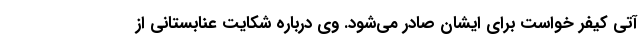
آتی کیفر خواست برای ایشان صادر می‌شود. وی درباره شکایت عنابستانی از